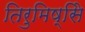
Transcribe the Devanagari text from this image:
तिरुमिष्सिे